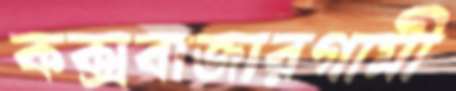
কক্সবাজারগামী